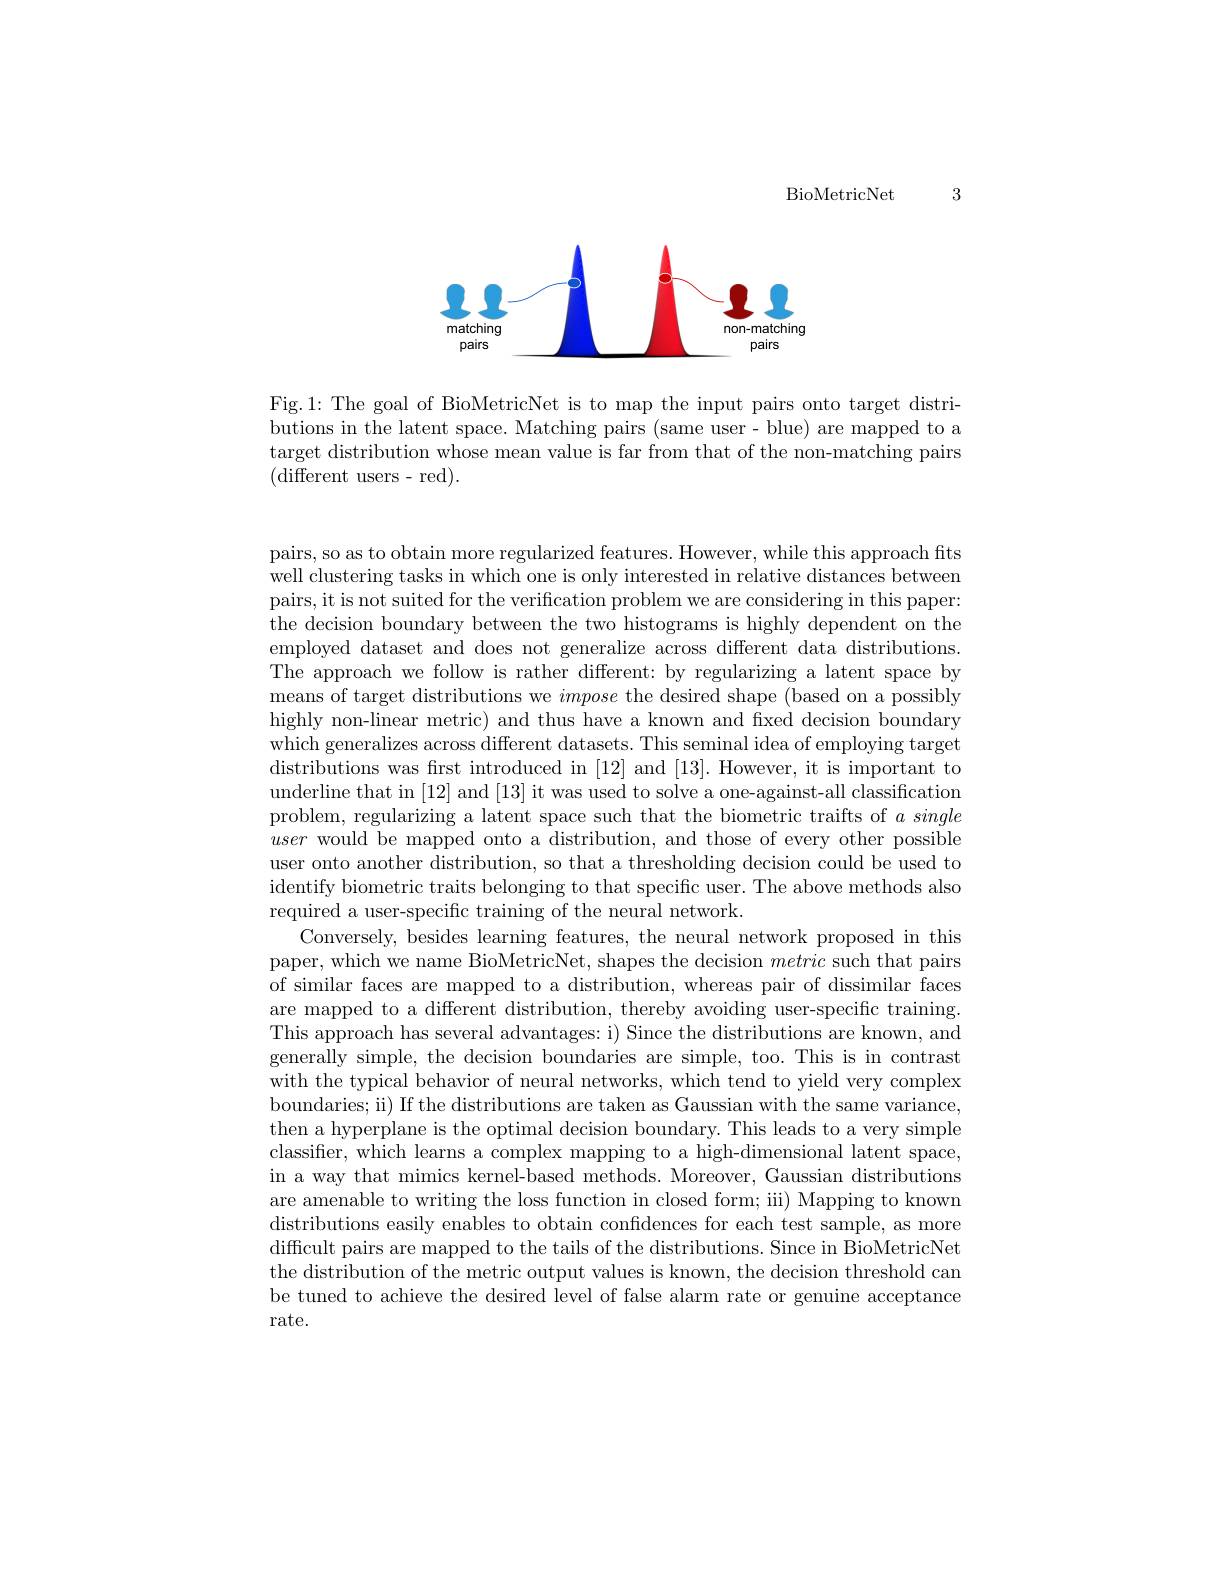
BioMetricNet

3

<FigureHere>

Fig.1: The goal of BioMetricNet is to map the input pairs onto target distributions in the latent space. Matching pairs (same user- blue) are mapped to a target distribution whose mean value is far from that of the non-matching pairs (different users- red).

pairs, so as to obtain more regularized features. However, while this approach fits well clustering tasks in which one is only interested in relative distances between pairs, it is not suited for the verification problem we are considering in this paper: the decision boundary between the two histograms is highly dependent on the employed dataset and does not generalize across different data distributions. The approach we follow is rather different: by regularizing a latent space by means of target distributions we impose the desired shape (based on a possibly highly non-linear metric) and thus have a known and fixed decision boundary which generalizes across different datasets. This seminal idea of employing target distributions was first introduced in [12] and [13]. However, it is important to underline that in [12] and [13] it was used to solve a one-against-all classification problem, regularizing a latent space such that the biometric traifts of $a\textit{single}$ user would be mapped onto a distribution, and those of every other possible user onto another distribution, so that a thresholding decision could be used to identify biometric traits belonging to that specific user. The above methods also required a user-specific training of the neural network.
Conversely, besides learning features, the neural network proposed in this paper, which we name BioMetricNet, shapes the decision metric such that pairs of similar faces are mapped to a distribution, whereas pair of dissimilar faces are mapped to a different distribution, thereby avoiding user-specific training. This approach has several advantages: i) Since the distributions are known, and generally simple, the decision boundaries are simple, too. This is in contrast with the typical behavior of neural networks, which tend to yield very complex boundaries; ii) If the distributions are taken as Gaussian with the same variance, then a hyperplane is the optimal decision boundary. This leads to a very simple classifier, which learns a complex mapping to a high-dimensional latent space, in a way that mimics kernel-based methods. Moreover, Gaussian distributions are amenable to writing the loss function in closed form; iii) Mapping to known distributions easily enables to obtain confidences for each test sample, as more difficult pairs are mapped to the tails of the distributions. Since in BioMetricNet the distribution of the metric output values is known, the decision threshold can be tuned to achieve the desired level of false alarm rate or genuine acceptance rate.